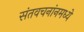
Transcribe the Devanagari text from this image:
संतवचनांनमध्ये